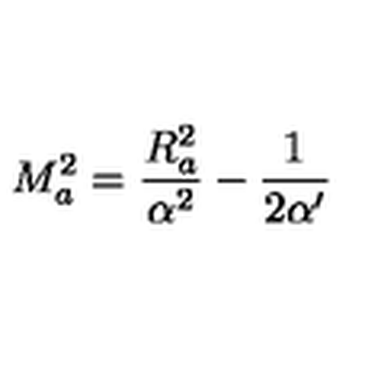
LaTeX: M _ { a } ^ { 2 } = \frac { R _ { a } ^ { 2 } } { \alpha ^ { 2 } } - \frac { 1 } { 2 \alpha ^ { \prime } }